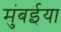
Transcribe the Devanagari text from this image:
मुंबईया